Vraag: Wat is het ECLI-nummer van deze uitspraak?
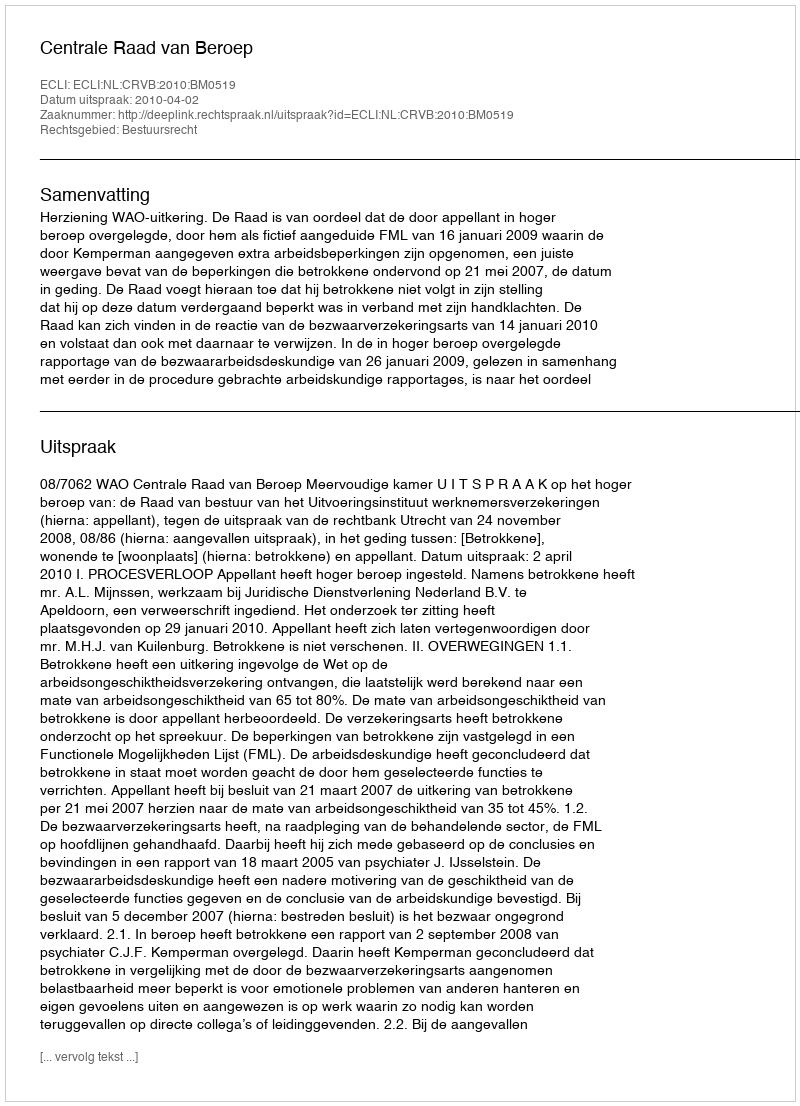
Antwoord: ECLI:NL:CRVB:2010:BM0519